Annual report of the Imperial Bacteriologist
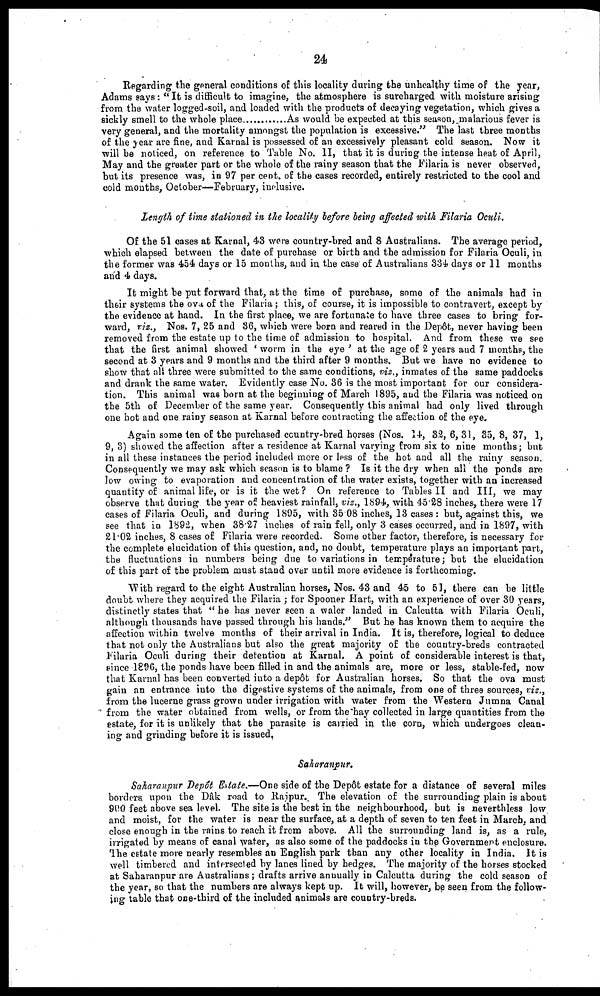
24
Regarding the general conditions of this locality during the unhealthy time of the year,
Adams says: " It is difficult to imagine, the atmosphere is surcharged with moisture arising
from the water logged-soil, and loaded with the products of decaying vegetation, which gives a
sickly smell to the whole place
.....As would be expected at this season,malarious fever is
very general, and the mortality amongst the population is excessive." The last three months
of the year are fine, and Karnal is possessed of an excessively pleasant cold season. Now it
will be noticed, on reference to Table No. II, that it is during the intense heat of April,
May and the greater part or the whole of the rainy season that the Filaria is never observed,
but its presence was, in 97 per cent. of the cases recorded, entirely restricted to the cool and
cold months, October—February, inclusive.
Length of time stationed in the locality before being affected with Filaria Oculi.
Of the 51 cases at Karnal, 43 were country-bred and 8 Australians. The average period,
which elapsed between the date of purchase or birth and the admission for Filaria Oculi, in
the former was 454 days or 15 months, and in the case of Australians 334 days or 11 months
and 4 days.
It might be put forward that, at the time of purchase, some of the animals had in
their systems the ova of the Filaria; this, of course, it is impossible to contravert, except by
the evidence at hand. In the first place, we are fortunate to have three cases to bring for-
ward, viz., Nos. 7, 25 and 36, which were born and reared in the Dep6t, never having been
removed from the estate up to the time of admission to hospital. And from these we see
that the first animal showed ' worm in the eye ' at the age of 2 years and 7 months, the
second at 3 years and 9 months and the third after 9 months. But we have no evidence to
show that all three were submitted to the same conditions, viz., inmates of the same paddocks
and drank the same water. Evidently case No. 36 is the most important for our considera-
tion. This animal was born at the beginning of March 1895, and the Filaria was noticed on
the 5th of December of the same year. Consequently this animal had only lived through
one hot and one rainy season at Karnal before contracting the affection of the eye.
Again some ten of the purchased country-bred horses (Nos. 14, 32, 6, 31, 35, 8, 37, 1,
9, 3) showed the affection after a residence at Karnal varying from six to nine months; but
in all these instances the period included more or less of the hot and all the rainy season.
Consequently we may ask which season is to blame ? Is it the dry when all the ponds are
low owing to evaporation and concentration of the water exists, together with an increased
quantity of animal life, or is it the wet ? On reference to Tables II and III, we may
observe that during the year of heaviest rainfall, viz., 1894, with 45.28 inches, there were 17
cases of Filaria Oculi, and during 1895, with 35.08 inches, 13 cases : but, against this, we
see that in 1892, when 38.27 inches of rain fell, only 3 cases occurred, and in 1897, with
21.02 inches, 8 cases of Filaria were recorded. Some other factor, therefore, is necessary for
the complete elucidation of this question, and, no doubt, temperature plays an important part,
the fluctuations in numbers being due to variations in temperature ; but the elucidation
of this part of the problem must stand over until more evidence is forthcoming.
With regard to the eight Australian horses, Nos. 43 and 45 to 51, there can be little
doubt where they acquired the Filaria ; for Spooner Hart, with an experience of over 30 years,
distinctly states that " he has never seen a waler landed in Calcutta with Filaria Oculi,
although thousands have passed through his hands." But he has known them to acquire the
affection within twelve months of their arrival in India. It is, therefore, logical to deduce
that not only the Australians but also the great majority of the country-breds contracted
Filaria Oculi during their detention at Karnal. A point of considerable interest is that,
since 1896, the ponds have been filled in and the animals are, more or less, stable-fed, now
that Karnal has been converted into a depôt for Australian horses. So that the ova must
gain an entrance into the digestive systems of the animals, from one of three sources, viz.,
from the lucerne grass grown under irrigation with water from the Western Jumna Canal
from the water obtained from wells, or from the hay collected in large quantities from the
estate, for it is unlikely that the parasite is carried in the corn, which undergoes clean-
ing and grinding before it is issued.
Saharanpur.
Saharanpur Depôt Estate.—One side of the Depôt estate for a distance of several miles
borders upon the Dâk road to Rajpur. The elevation of the surrounding plain is about
900 feet above sea level. The site is the best in the neighbourhood, but is neverthless low
and moist, for the water is near the surface, at a depth of seven to ten feet in March, and
close enough in the rains to reach it from above. All the surrounding land is, as a rule,
irrigated by means of canal water, as also some of the paddocks in the Government enclosure.
The estate more nearly resembles an English park than any other locality in India. It is
well timbered and intersected by lanes lined by hedges. The majority of the horses stocked
at Saharanpur are Australians; drafts arrive annually in Calcutta during the cold season of
the year, so that the numbers are always kept up. It will, however, be seen from the follow-
ing table that one-third of the included animals are country-breds.